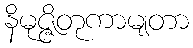
နိမုဇ္ဇိတုကာမျတာ